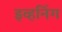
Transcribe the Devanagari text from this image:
इव्हनिंग